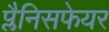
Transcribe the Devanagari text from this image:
प्लैनिसफेयर